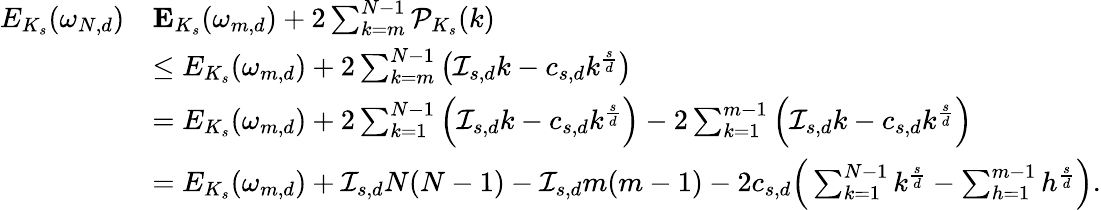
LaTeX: \begin{array}{rl}{E_{K_{s}}(\omega_{N,d})}&{\le E_{K_{s}}(\omega_{m,d})+2\sum_{k=m}^{N-1}\mathcal{P}_{K_{s}}(k)}\\ &{\leq E_{K_{s}}(\omega_{m,d})+2\sum_{k=m}^{N-1}\big(\mathcal I_{s,d}k-c_{s,d}k^{\frac{s}{d}}\big)}\\ &{=E_{K_{s}}(\omega_{m,d})+2\sum_{k=1}^{N-1}\Big(\mathcal I_{s,d}k-c_{s,d}k^{\frac{s}{d}}\Big)-2\sum_{k=1}^{m-1}\Big(\mathcal I_{s,d}k-c_{s,d}k^{\frac{s}{d}}\Big)}\\ &{=E_{K_{s}}(\omega_{m,d})+\mathcal{I}_{s,d}N(N-1)-\mathcal{I}_{s,d}m(m-1)-2c_{s,d}\Big(\sum_{k=1}^{N-1}k^{\frac{s}{d}}-\sum_{h=1}^{m-1}h^{\frac{s}{d}}\Big).}\end{array}